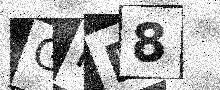
Text: GNE8